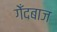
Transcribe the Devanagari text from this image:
गेँदबाज